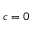
c = 0